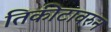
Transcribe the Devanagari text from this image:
तिकीटावरुन